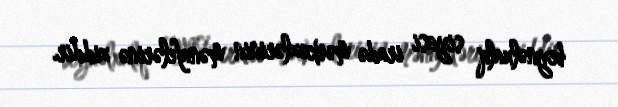
beynəlxalq siyasi iradə mərkəzlərinin mənafelərinə ziddir.